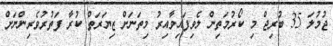
ޖުމުލަ 35 ބުރިޖް މި ކޯރުމަތިން ލެވިފައިވާއިރު މިތަނަށް ޒިޔަރަތް ކުރާ ފަތުރުވެރިންނަށް